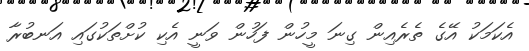
އެކަމަކު އޭގެ ތެރެއިން ގިނަ މީހުން ފަހުން ވަނީ އެކި ކުށްތަކުގައި އަނބުރާ